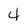
Character: 4